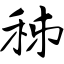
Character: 秭